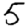
Digit: 5